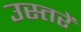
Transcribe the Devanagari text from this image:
उस्तरें